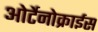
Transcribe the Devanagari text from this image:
ओर्टेनोक्राईस